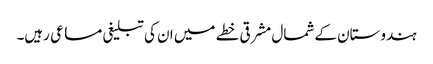
ہندوستان کے شمال مشرقی خطے میں ان کی تبلیغی مساعی رہیں۔